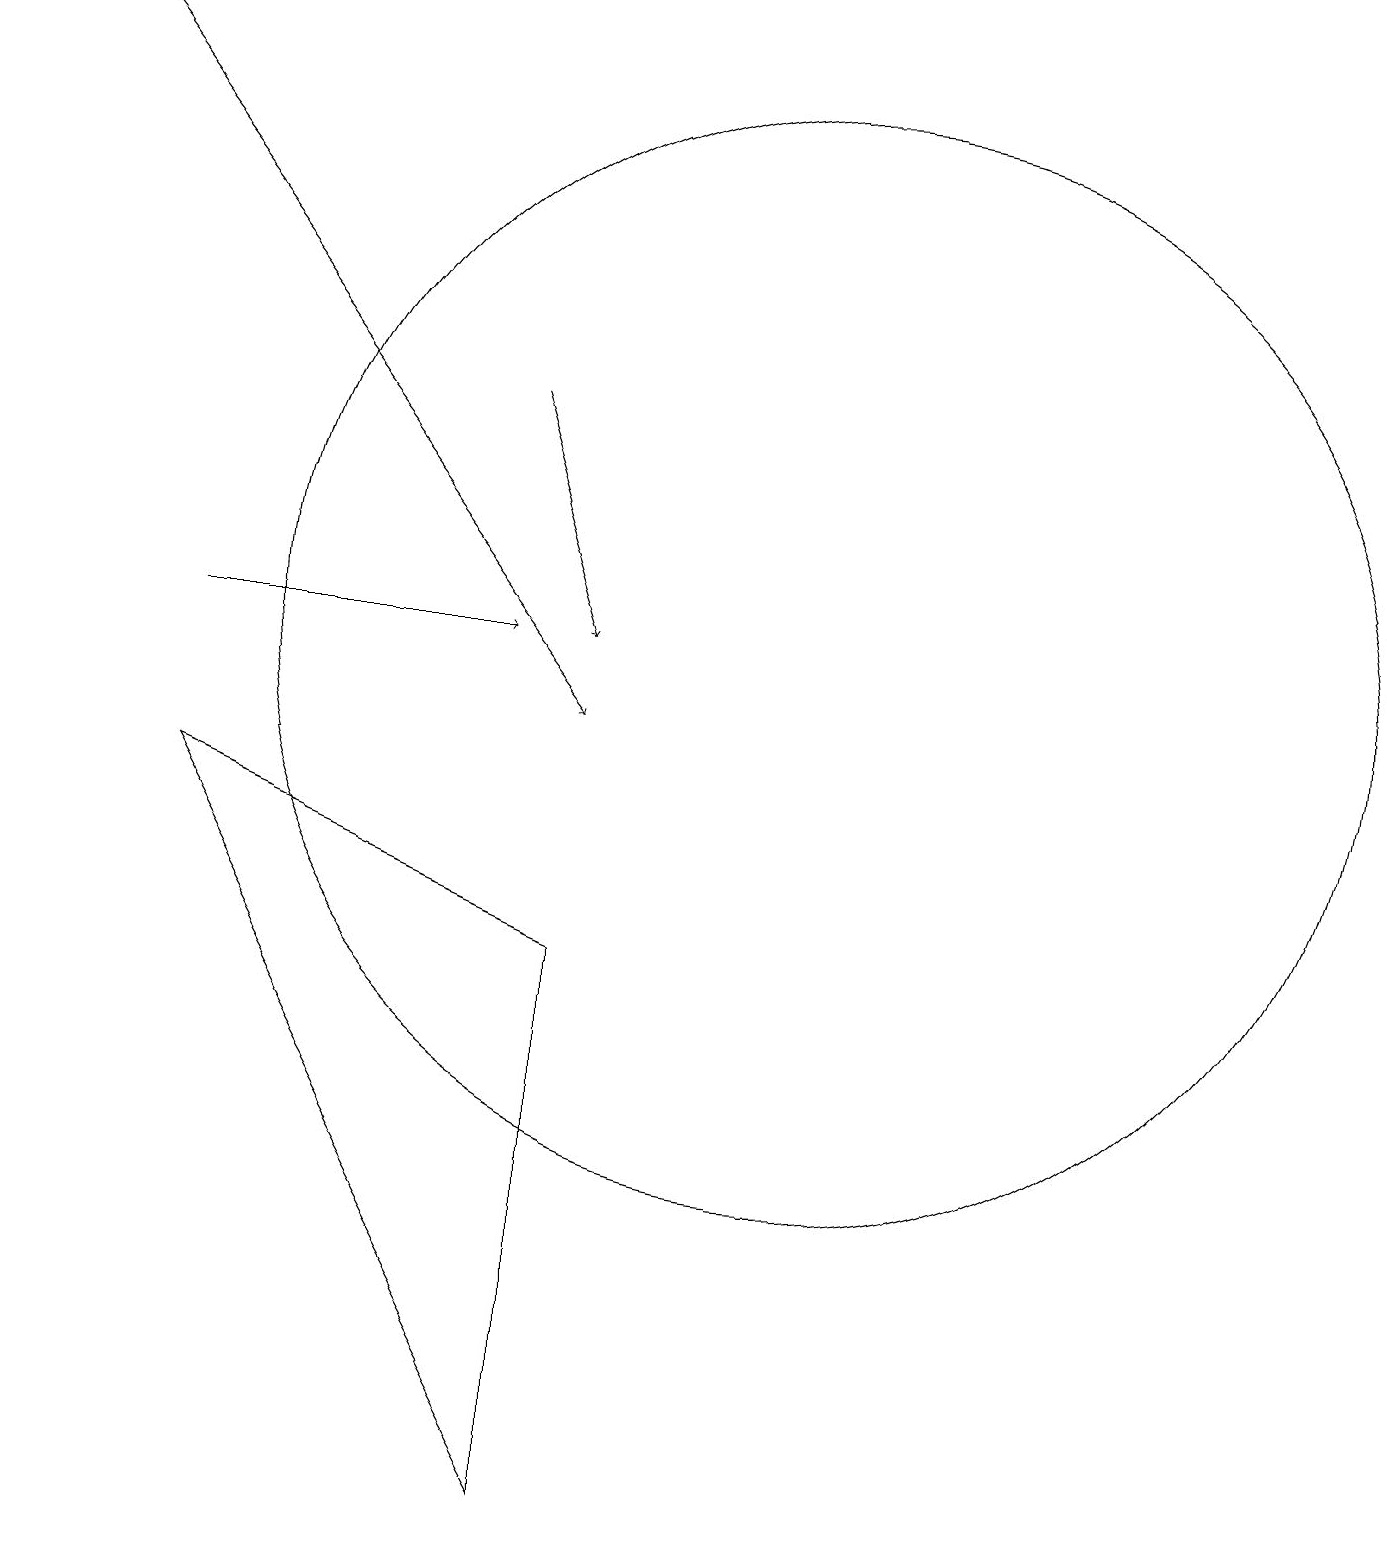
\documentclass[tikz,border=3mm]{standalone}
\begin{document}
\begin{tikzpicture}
\draw[->] (3,11) -- (7,11);
\draw[->] (7,14) -- (8,11);
\draw[->] (1,19) -- (8,10);
\draw (8,0) -- (3,9) -- (8,7) -- cycle;
\draw (11,11) circle (7);
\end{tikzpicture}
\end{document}